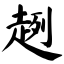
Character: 趔